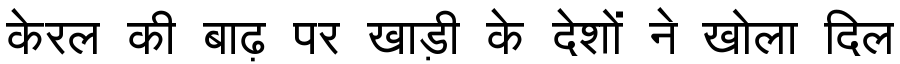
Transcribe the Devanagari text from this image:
केरल की बाढ़ पर खाड़ी के देशों ने खोला दिल